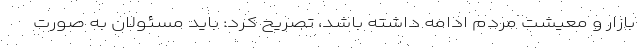
بازار و معیشت مردم ادامه داشته باشد، تصریح کرد: باید مسئولان به صورت